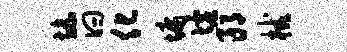
旒曰化墉墟郎械